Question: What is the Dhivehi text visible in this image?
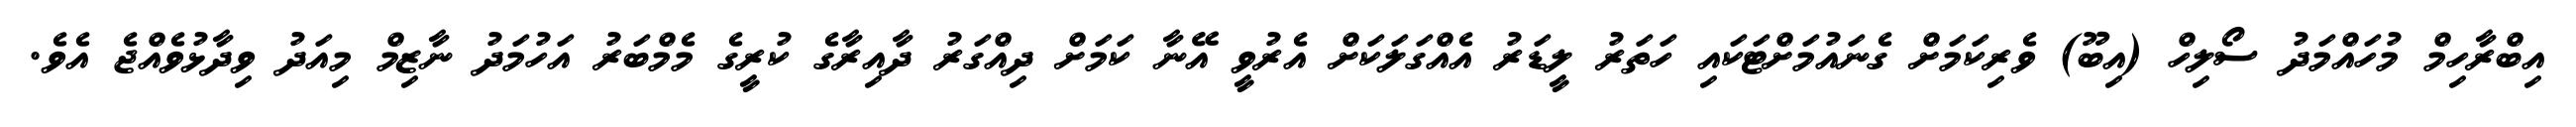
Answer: އިބްރާހިމް މުހައްމަދު ސޯލިހް (އިބޫ) ވެރިކަމަށް ގެނައުމަށްޓަކައި ހަތަރު ލީޑަރު އެއްގަލަކަށް އެރުވީ އޭނާ ކަމަށް ދިއްގަރު ދާއިރާގެ ކުރީގެ މެމްބަރު އަހުމަދު ނާޒިމް މިއަދު ވިދާޅުވެއްޖެ އެވެ.